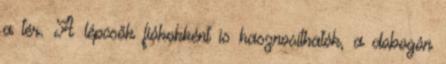
a tér. A lépcsők fiókokként is hasznosíthatók, a dobogón